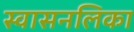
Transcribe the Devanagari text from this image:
स्वासनलिका